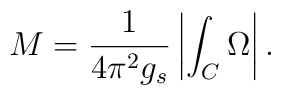
M=\frac{1}{4\pi^2g_s}\left|\int_C \Omega\right|.